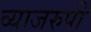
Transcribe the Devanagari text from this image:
व्याजरुपी